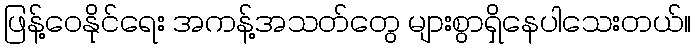
ဖြန့်ဝေနိုင်ရေး အကန့်အသတ်တွေ များစွာရှိနေပါသေးတယ်။